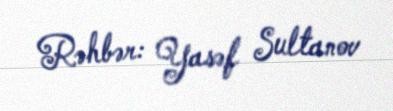
Rəhbər: Yasəf Sultanov